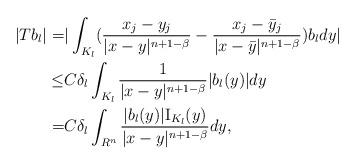
LaTeX: \begin{align*}|Tb_l|=&|\int_{K_l} (\frac{x_j-y_j}{|x-y|^{n+1-\beta}}-\frac{x_j-\bar y_j}{|x-\bar y|^{n+1-\beta}}) b_l dy |\\\le& C\delta_l\int_{K_l}\frac{1}{|x-y|^{n+1-\beta}}|b_l(y)| dy\\=&C\delta_l\int_{R^n}\frac{|b_l(y)|\mathrm{I}_{K_l}(y)}{|x-y|^{n+1-\beta}} dy,\end{align*}